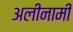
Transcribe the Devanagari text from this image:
अलीनामी